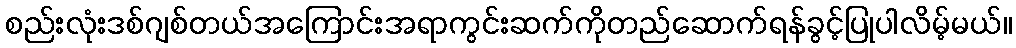
စည်းလုံးဒစ်ဂျစ်တယ်အကြောင်းအရာကွင်းဆက်ကိုတည်ဆောက်ရန်ခွင့်ပြုပါလိမ့်မယ်။